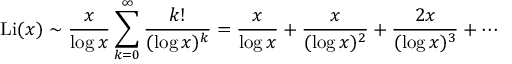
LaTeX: \operatorname { L i } ( x ) \sim { \frac { x } { \log x } } \sum _ { k = 0 } ^ { \infty } { \frac { k ! } { ( \log x ) ^ { k } } } = { \frac { x } { \log x } } + { \frac { x } { ( \log x ) ^ { 2 } } } + { \frac { 2 x } { ( \log x ) ^ { 3 } } } + \cdots